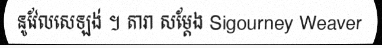
នូវែលសេឡង់ ។ តារា សម្តែង Sigourney Weaver